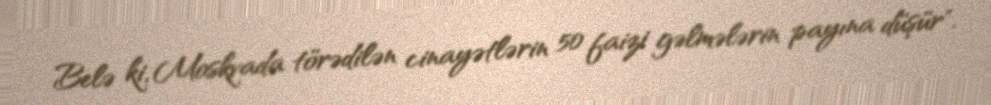
Belə ki, Moskvada törədilən cinayətlərin 50 faizi gəlmələrin payına düşür".